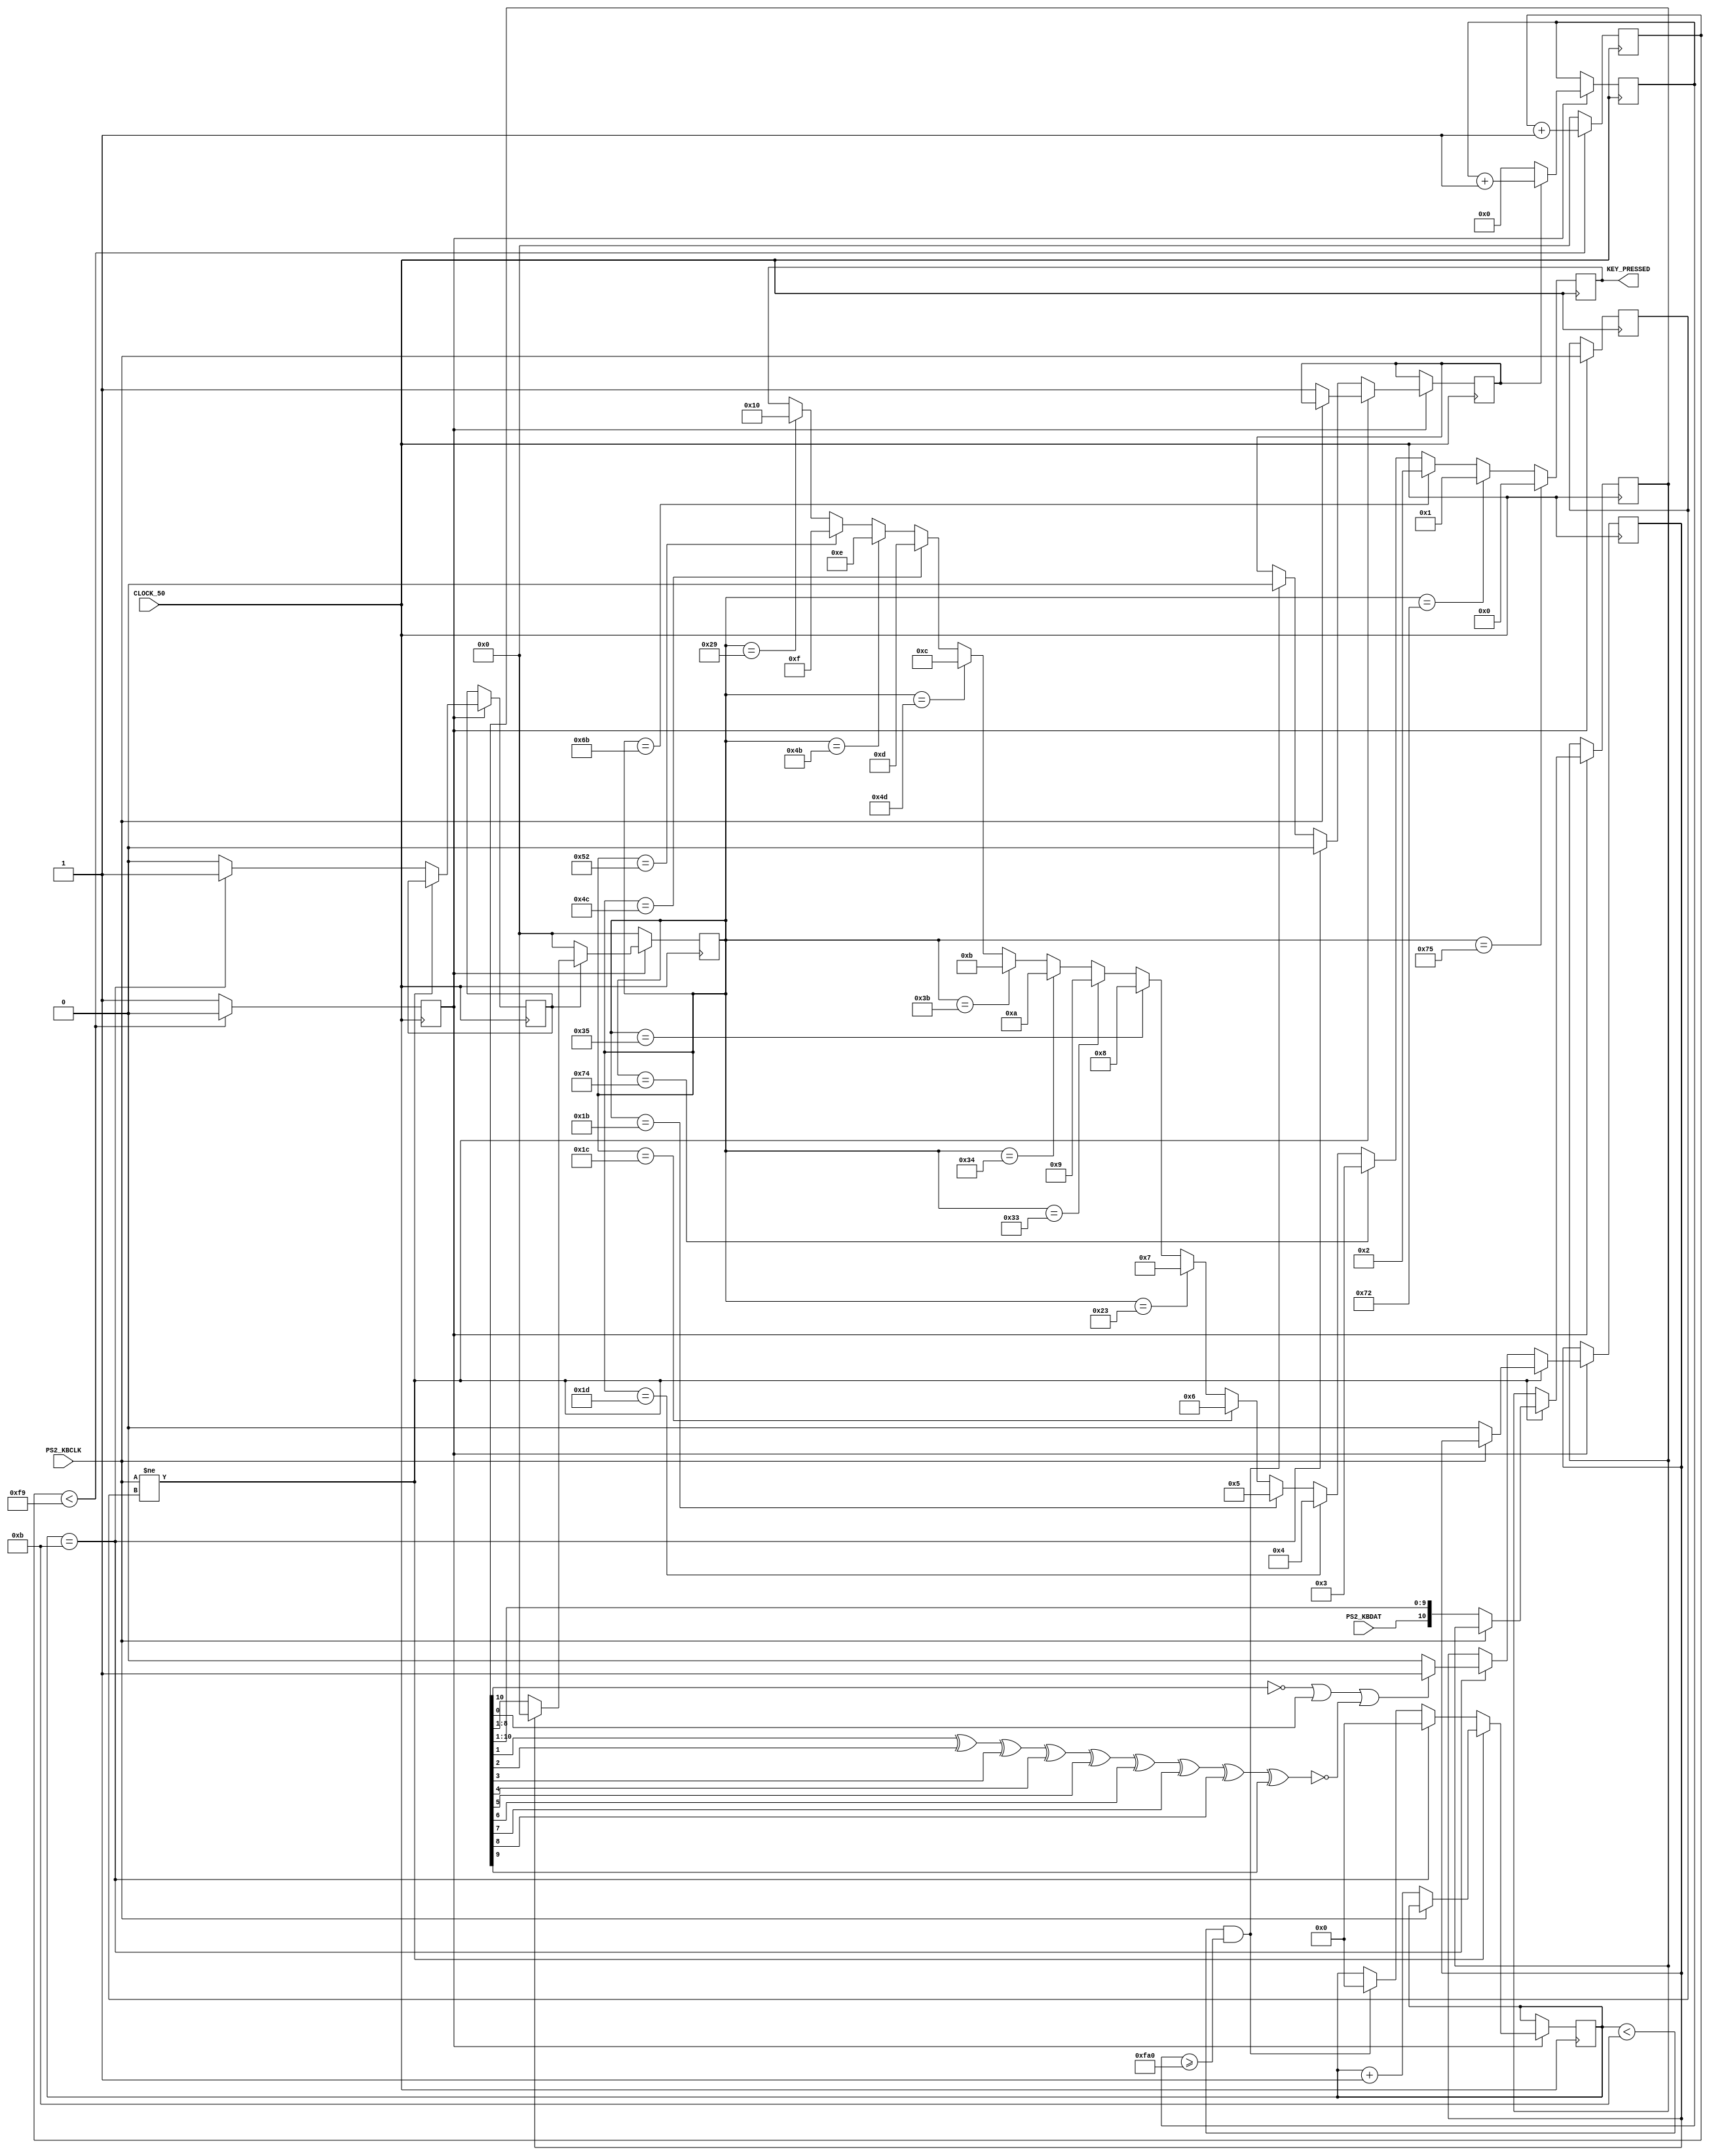
`timescale 1ns / 1ps

/*
  Code for PS/2 Keyboard input obtained from:
  http://www.instructables.com/id/PS2-Keyboard-for-FPGA/

  Edited to fit TurfWars game controls.
*/

module keyboard(
    input CLOCK_50,
    input PS2_KBCLK,
    input PS2_KBDAT,
    output reg [4:0] KEY_PRESSED
   );

  // Specific Key codes
  wire [7:0] ARROW_UP = 8'h75;
  wire [7:0] ARROW_DOWN = 8'h72;
  wire [7:0] ARROW_LEFT = 8'h6B;
  wire [7:0] ARROW_RIGHT = 8'h74;
  wire [7:0] W = 8'h1D;
  wire [7:0] A = 8'h1C;
  wire [7:0] S = 8'h1B;
  wire [7:0] D = 8'h23;
  wire [7:0] Y = 8'h35;
  wire [7:0] G = 8'h34;
  wire [7:0] H = 8'h33;
  wire [7:0] J = 8'h3B;
  wire [7:0] P = 8'h4D;
  wire [7:0] L = 8'h4B;
  wire [7:0] COLON = 8'h4C;
  wire [7:0] QUOTES = 8'h52;
  wire [7:0] SPACE = 8'h29;

  reg read;        //this is 1 if still waits to receive more bits
  reg [11:0] count_reading;    //this is used to detect how much time passed since it received the previous codeword
  reg PREVIOUS_STATE;      //used to check the previous state of the keyboard clock signal to know if it changed
  reg scan_err;        //this becomes one if an error was received somewhere in the packet
  reg [10:0] scan_code;      //this stores 11 received bits
  reg [7:0] CODEWORD;      //this stores only the DATA codeword
  reg TRIG_ARR;        //this is triggered when full 11 bits are received
  reg [3:0]COUNT;        //tells how many bits were received until now (from 0 to 11)
  reg TRIGGER = 0;      //This acts as a 250 times slower than the board clock.
  reg [7:0]DOWNCOUNTER = 0;    //This is used together with TRIGGER - look the code

  //Set initial values
  initial begin
    PREVIOUS_STATE = 1;
    scan_err = 0;
    scan_code = 0;
    COUNT = 0;
    CODEWORD = 0;
    KEY_PRESSED = 0;
    read = 0;
    count_reading = 0;
  end

  always @(posedge CLOCK_50) begin        //This reduces the frequency 250 times
    if (DOWNCOUNTER < 249) begin      //and uses variable TRIGGER as the new board clock
      DOWNCOUNTER <= DOWNCOUNTER + 1;
      TRIGGER <= 0;
    end
    else begin
      DOWNCOUNTER <= 0;
      TRIGGER <= 1;
    end
  end

  always @(posedge CLOCK_50) begin
    if (TRIGGER) begin
      if (read)        //if it still waits to read full packet of 11 bits, then (read == 1)
        count_reading <= count_reading + 1;  //and it counts up this variable
      else             //and later if check to see how big this value is.
        count_reading <= 0;      //if it is too big, then it resets the received data
    end
  end

  always @(posedge CLOCK_50) begin
  if (TRIGGER) begin            //If the down counter (CLK/250) is ready
    if (PS2_KBCLK != PREVIOUS_STATE) begin      //if the state of Clock pin changed from previous state
      if (!PS2_KBCLK) begin        //and if the keyboard clock is at falling edge
        read <= 1;        //mark down that it is still reading for the next bit
        scan_err <= 0;        //no errors
        scan_code[10:0] <= {PS2_KBDAT, scan_code[10:1]};  //add up the data received by shifting bits and adding one new bit
        COUNT <= COUNT + 1;      //
      end
    end
    else if (COUNT == 11) begin        //if it already received 11 bits
      COUNT <= 0;
      read <= 0;          //mark down that reading stopped
      TRIG_ARR <= 1;          //trigger out that the full pack of 11bits was received
      //calculate scan_err using parity bit
      if (!scan_code[10] || scan_code[0] || !(scan_code[1]^scan_code[2]^scan_code[3]^scan_code[4]
        ^scan_code[5]^scan_code[6]^scan_code[7]^scan_code[8]
        ^scan_code[9]))
        scan_err <= 1;
      else
        scan_err <= 0;
    end
    else  begin            //if it yet not received full pack of 11 bits
      TRIG_ARR <= 0;          //tell that the packet of 11bits was not received yet
      if (COUNT < 11 && count_reading >= 4000) begin  //and if after a certain time no more bits were received, then
        COUNT <= 0;        //reset the number of bits received
        read <= 0;        //and wait for the next packet
      end
    end
  PREVIOUS_STATE <= PS2_KBCLK;          //mark down the previous state of the keyboard clock
  end
  end

  always @(posedge CLOCK_50) begin
    if (TRIGGER) begin          //if the 250 times slower than board clock triggers
      if (TRIG_ARR) begin        //and if a full packet of 11 bits was received
        if (scan_err) begin      //BUT if the packet was NOT OK
          CODEWORD <= 8'd0;    //then reset the codeword register
        end
        else begin
          CODEWORD <= scan_code[8:1];  //else drop down the unnecessary  bits and transport the 7 DATA bits to CODEWORD reg
        end        //notice, that the codeword is also reversed! This is because the first bit to received
      end          //is supposed to be the last bit in the codeword
      else CODEWORD <= 8'd0;        //not a full packet received, thus reset codeword
    end
    else CODEWORD <= 8'd0;          //no clock trigger, no data
  end

  // Controls for TurfWars
  always @(posedge CLOCK_50) begin
    if (CODEWORD == ARROW_UP)
      KEY_PRESSED <= 5'd0;
    else if (CODEWORD == ARROW_DOWN)
      KEY_PRESSED <= 5'd1;
    else if (CODEWORD == ARROW_LEFT)
      KEY_PRESSED <= 5'd2;
    else if (CODEWORD == ARROW_RIGHT)
      KEY_PRESSED <= 5'd3;
    else if (CODEWORD == W)
      KEY_PRESSED <= 5'd4;
    else if (CODEWORD == S)
      KEY_PRESSED <= 5'd5;
    else if (CODEWORD == A)
      KEY_PRESSED <= 5'd6;
    else if (CODEWORD == D)
      KEY_PRESSED <= 5'd7;
    else if (CODEWORD == Y)
      KEY_PRESSED <= 5'd8;
    else if (CODEWORD == H)
      KEY_PRESSED <= 5'd9;
    else if (CODEWORD == G)
      KEY_PRESSED <= 5'd10;
    else if (CODEWORD == J)
      KEY_PRESSED <= 5'd11;
    else if (CODEWORD == P)
      KEY_PRESSED <= 5'd12;
    else if (CODEWORD == COLON)
      KEY_PRESSED <= 5'd13;
    else if (CODEWORD == L)
      KEY_PRESSED <= 5'd14;
    else if (CODEWORD == QUOTES)
      KEY_PRESSED <= 5'd15;
    else if (CODEWORD == SPACE)
      KEY_PRESSED <= 5'd16;
  end

endmodule